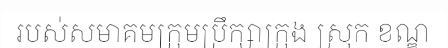
របស់សមាគមក្រុមប្រឹក្សាក្រុង ស្រុក ខណ្ឌ